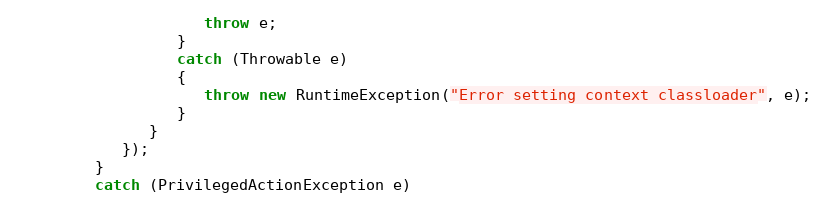
Language: Java
                     throw e;
                  }
                  catch (Throwable e)
                  {
                     throw new RuntimeException("Error setting context classloader", e);
                  }
               }
            });
         }
         catch (PrivilegedActionException e)